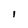
Character: 1